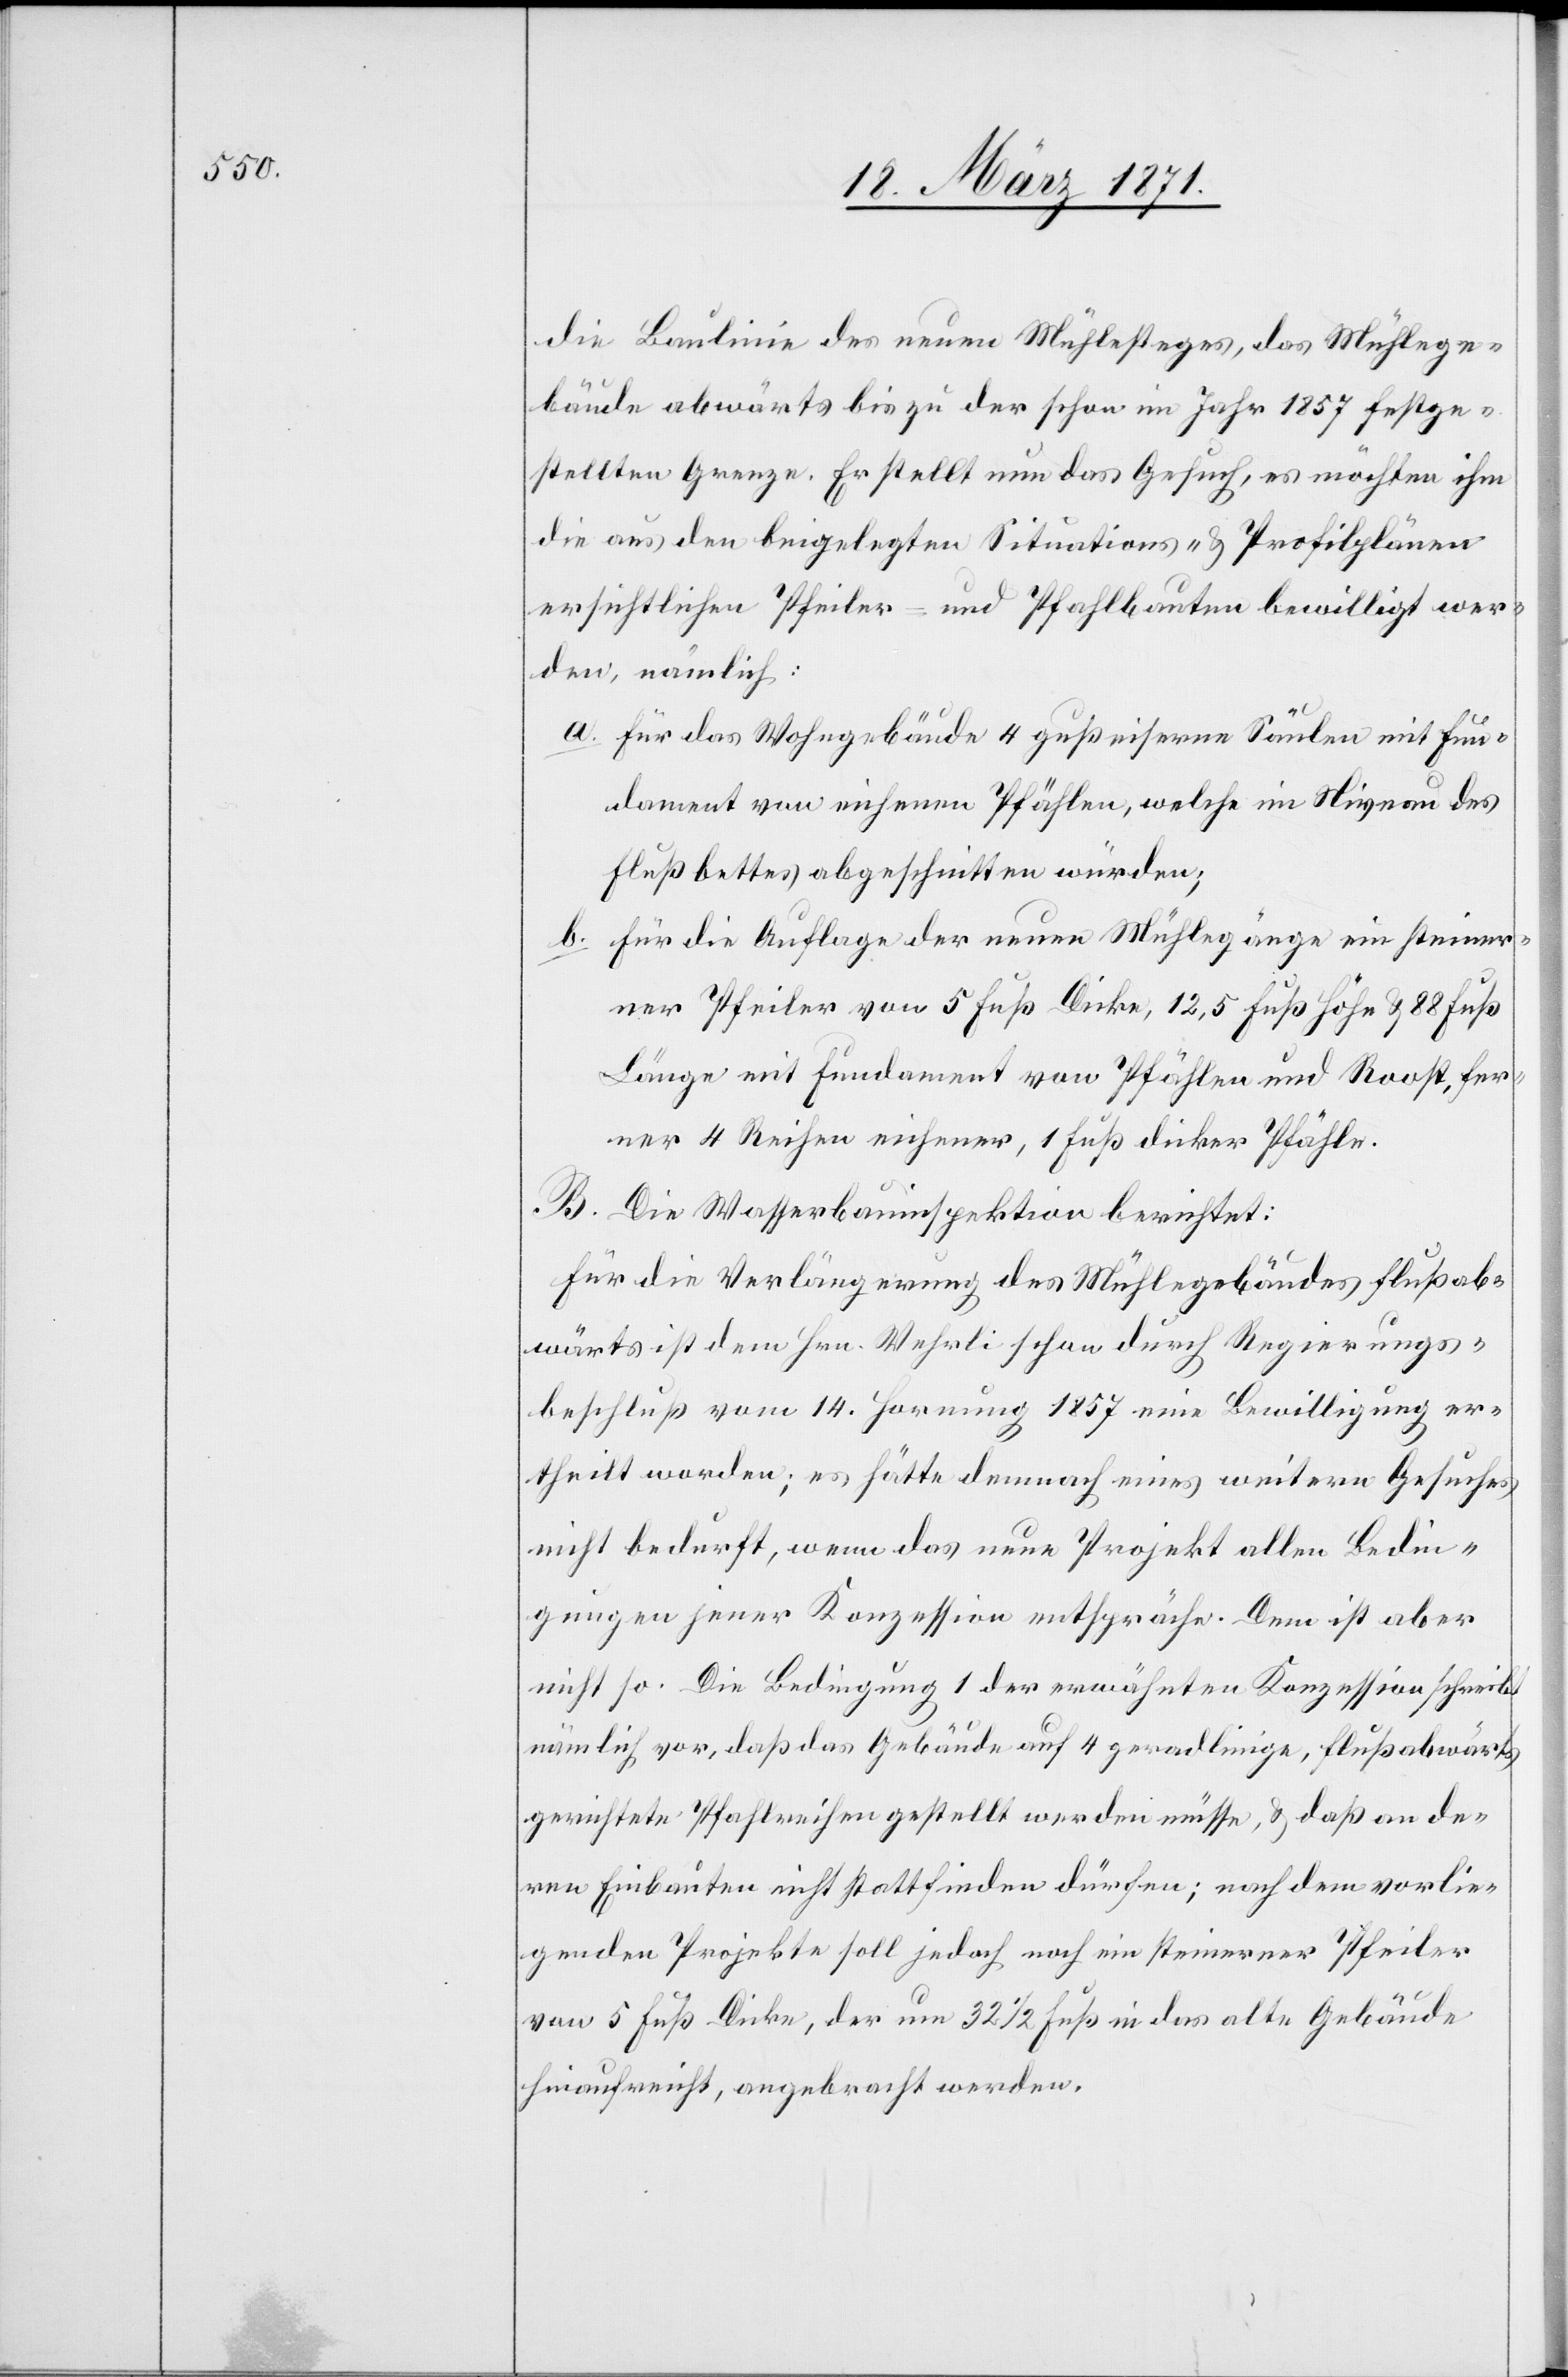
die Baulinie des neuen Mühlesteges, das Mühlege¬
bäude abwärts bis zu der schon im Jahr 1857 festge¬
stellten Grenze. Er stellt nun das Gesuch, es möchten ihm
die aus den beigelegten Situations- u. Profilplänen
ersichtlichen Pfeiler- und Pfahlbauten bewilligt wer¬
den, nämlich:
a. für das Wohngebäude 4 gußeiserne Säulen mit Fun¬
dament von eichenen Pfählen, welche im Niveau des
Flußbettes abgeschnitten würden;
b. für die Auflage der neuen Mühlegänge ein steiner¬
ner Pfeiler von 5 Fuß Dicke, 12,5 Fuß Höhe u. 88 Fuß
Länge mit Fundament von Pfählen und Roost, fer¬
ner 4 Reihen eichener, 1 Fuß dicker Pfähle.
B. Die Wasserbauinspektion berichtet:
Für die Verlängerung des Mühlegebäudes flußab¬
wärts ist dem Hrn. Wehrli schon durch Regierungs¬
beschluß vom 14. Hornung 1857 eine Bewilligung er¬
theilt worden, es hätte demnach eines weitern Gesuches
nicht bedurft, wenn das neue Projekt allen Bedin¬
gungen jener Konzession entspräche. Dem ist aber
nicht so. Die Bedingung 1 der erwähnten Konzession schreibt
nämlich vor, daß das Gebäude auf 4 geradlinige, flußabwärts
gerichtete Pfahlreichen gestellt werden müsse, u. daß an de¬
ren Einbauten nicht stattfinden dürfen; nach dem vorlie¬
genden Projekte soll jedoch noch ein steinerner Pfeiler
von 5 Fuß Dicke, der um 32 1/2 Fuß in das alte Gebäude
hinaufreicht, angebracht werden.